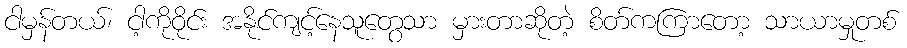
ငါမှန်တယ်၊ ငါ့ကိုဝိုင်း အနိုင်ကျင့်နေသူတွေသာ မှားတာဆိုတဲ့ စိတ်ကကြာတော့ သာယာမှုတစ်